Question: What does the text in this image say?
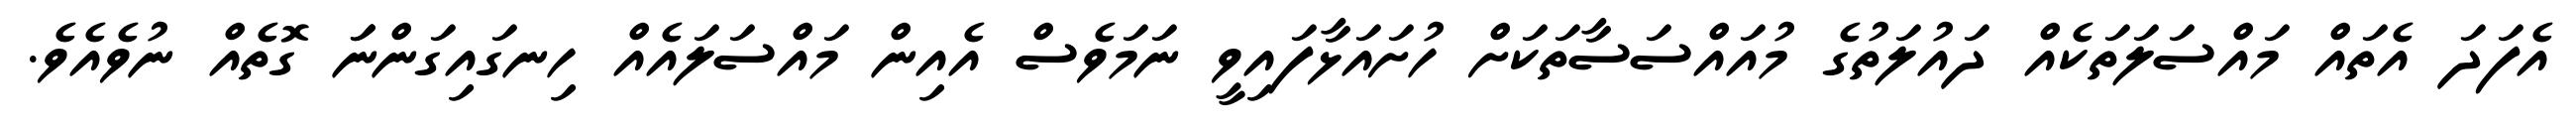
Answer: އެފަދަ އެތައް މައްސަލަތަކެއް ދައުލަތުގެ މުއައްސަސާތަކަށް ހުށައަޅާފައިވީ ނަމަވެސް އެއިން މައްސަލައެއް ހިނގައިގަންނަަ ގޮތެއް ނުވެއެވެ.